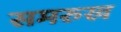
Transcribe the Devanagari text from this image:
समरुख